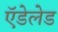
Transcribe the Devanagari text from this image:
ऍडेलेड